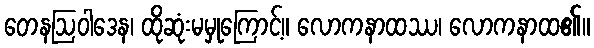
တေနဩဝါဒေန၊ ထိုဆုံးမမှုကြောင့်။ လောကနာထဿ၊ လောကနာထ၏။